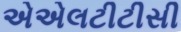
એએલટીટીસી